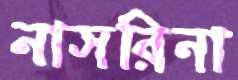
নাসরিনা